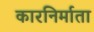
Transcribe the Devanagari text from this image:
कारनिर्माता